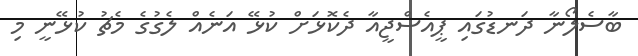
ބާސެލޯނާ ދަނޑުގައި ޕީއެސްޖީއާ ދެކޮޅަށް ކުޅޭ އަނެއް ލެގުގެ މެޗު ކުޅޭނީ މި